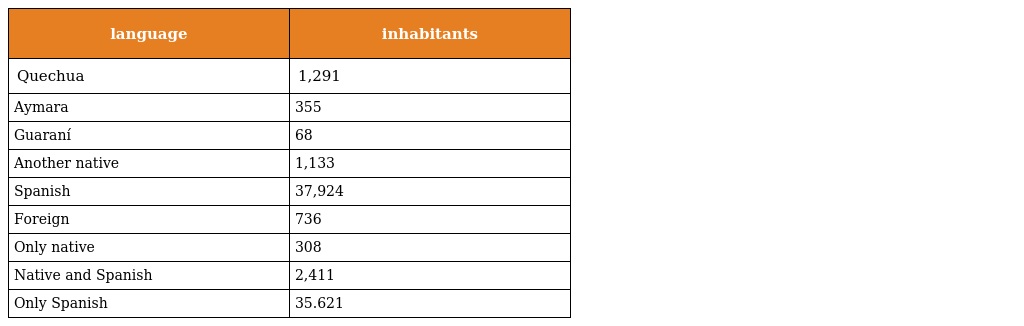
| language | inhabitants |
 | --- | --- |
 | Quechua | 1,291 |
 | Aymara | 355 |
 | Guaraní | 68 |
 | Another native | 1,133 |
 | Spanish | 37,924 |
 | Foreign | 736 |
 | Only native | 308 |
 | Native and Spanish | 2,411 |
 | Only Spanish | 35.621 |